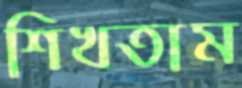
শিখতাম